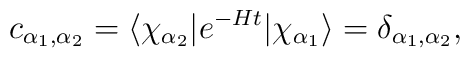
c_{\alpha_{1},\alpha_{2}} =  \langle \chi_{\alpha_{2}}\vert e^{-Ht} \vert \chi_{\alpha_{1}} \rangle = \delta_{\alpha_{1},\alpha_{2}},